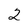
Character: 2